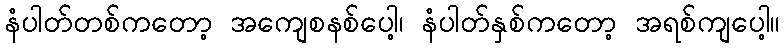
နံပါတ်တစ်ကတော့ အကျေစနစ်ပေါ့၊ နံပါတ်နှစ်ကတော့ အရစ်ကျပေါ့။